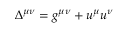
\Delta ^ { \mu \nu } = g ^ { \mu \nu } + u ^ { \mu } u ^ { \nu }